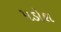
પડોશ